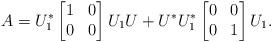
LaTeX: \begin{align*}A=U_1^*\begin{bmatrix}1 & 0\\0 & 0\end{bmatrix}U_1U+U^*U_1^*\begin{bmatrix}0 & 0\\0& 1\end{bmatrix}U_1.\end{align*}